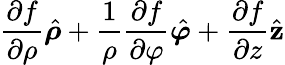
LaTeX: {\frac{\partial f}{\partial\rho}}{\hat{\boldsymbol{\rho}}}+{\frac{1}{\rho}}{\frac{\partial f}{\partial\varphi}}{\hat{\boldsymbol{\varphi}}}+{\frac{\partial f}{\partial z}}{\hat{\mathbf{z}}}